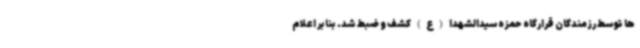
ها توسط رزمندگان قرارگاه حمزه سیدالشهدا (ع) کشف و ضبط شد. بنابر اعلام